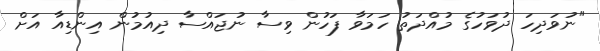
"ނުވަދިހަ ދުވަހުގެ މުއްދަތު ހަމަވާ ފަހުން ވިސާ ނުޖައްސާ ދިއުމުން އިންޑިއާ އަށް